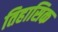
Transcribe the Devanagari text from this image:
तिहासिक